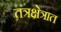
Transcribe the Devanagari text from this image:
तंत्रक्षेत्रात